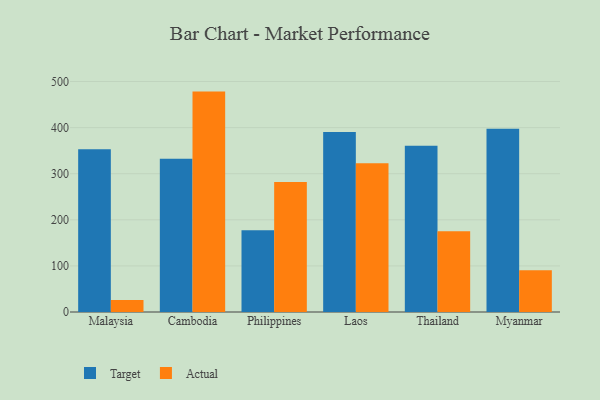
{"axis": {"x": "Country", "y": "Headcount"}, "legend": ["Actual", "Target"], "data": [{"x": "Malaysia", "y": 353.3, "type": "Target"}, {"x": "Malaysia", "y": 25.8, "type": "Actual"}, {"x": "Cambodia", "y": 332.7, "type": "Target"}, {"x": "Cambodia", "y": 478.1, "type": "Actual"}, {"x": "Philippines", "y": 177.4, "type": "Target"}, {"x": "Philippines", "y": 282.1, "type": "Actual"}, {"x": "Laos", "y": 390.6, "type": "Target"}, {"x": "Laos", "y": 322.5, "type": "Actual"}, {"x": "Thailand", "y": 360.8, "type": "Target"}, {"x": "Thailand", "y": 175.1, "type": "Actual"}, {"x": "Myanmar", "y": 397.6, "type": "Target"}, {"x": "Myanmar", "y": 90.7, "type": "Actual"}]}